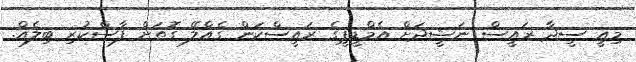
މިއީ ސީދާ ރައީސް ނަޝީދަށް އެމްޑީޕީގެ ރައީސްކަން ގެއްލޭ ގޮތަށް ފާސްކުރި ބިލެއް.